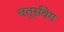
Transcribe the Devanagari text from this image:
चतुर्संवेग